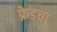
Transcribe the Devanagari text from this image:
फ्रेडचा